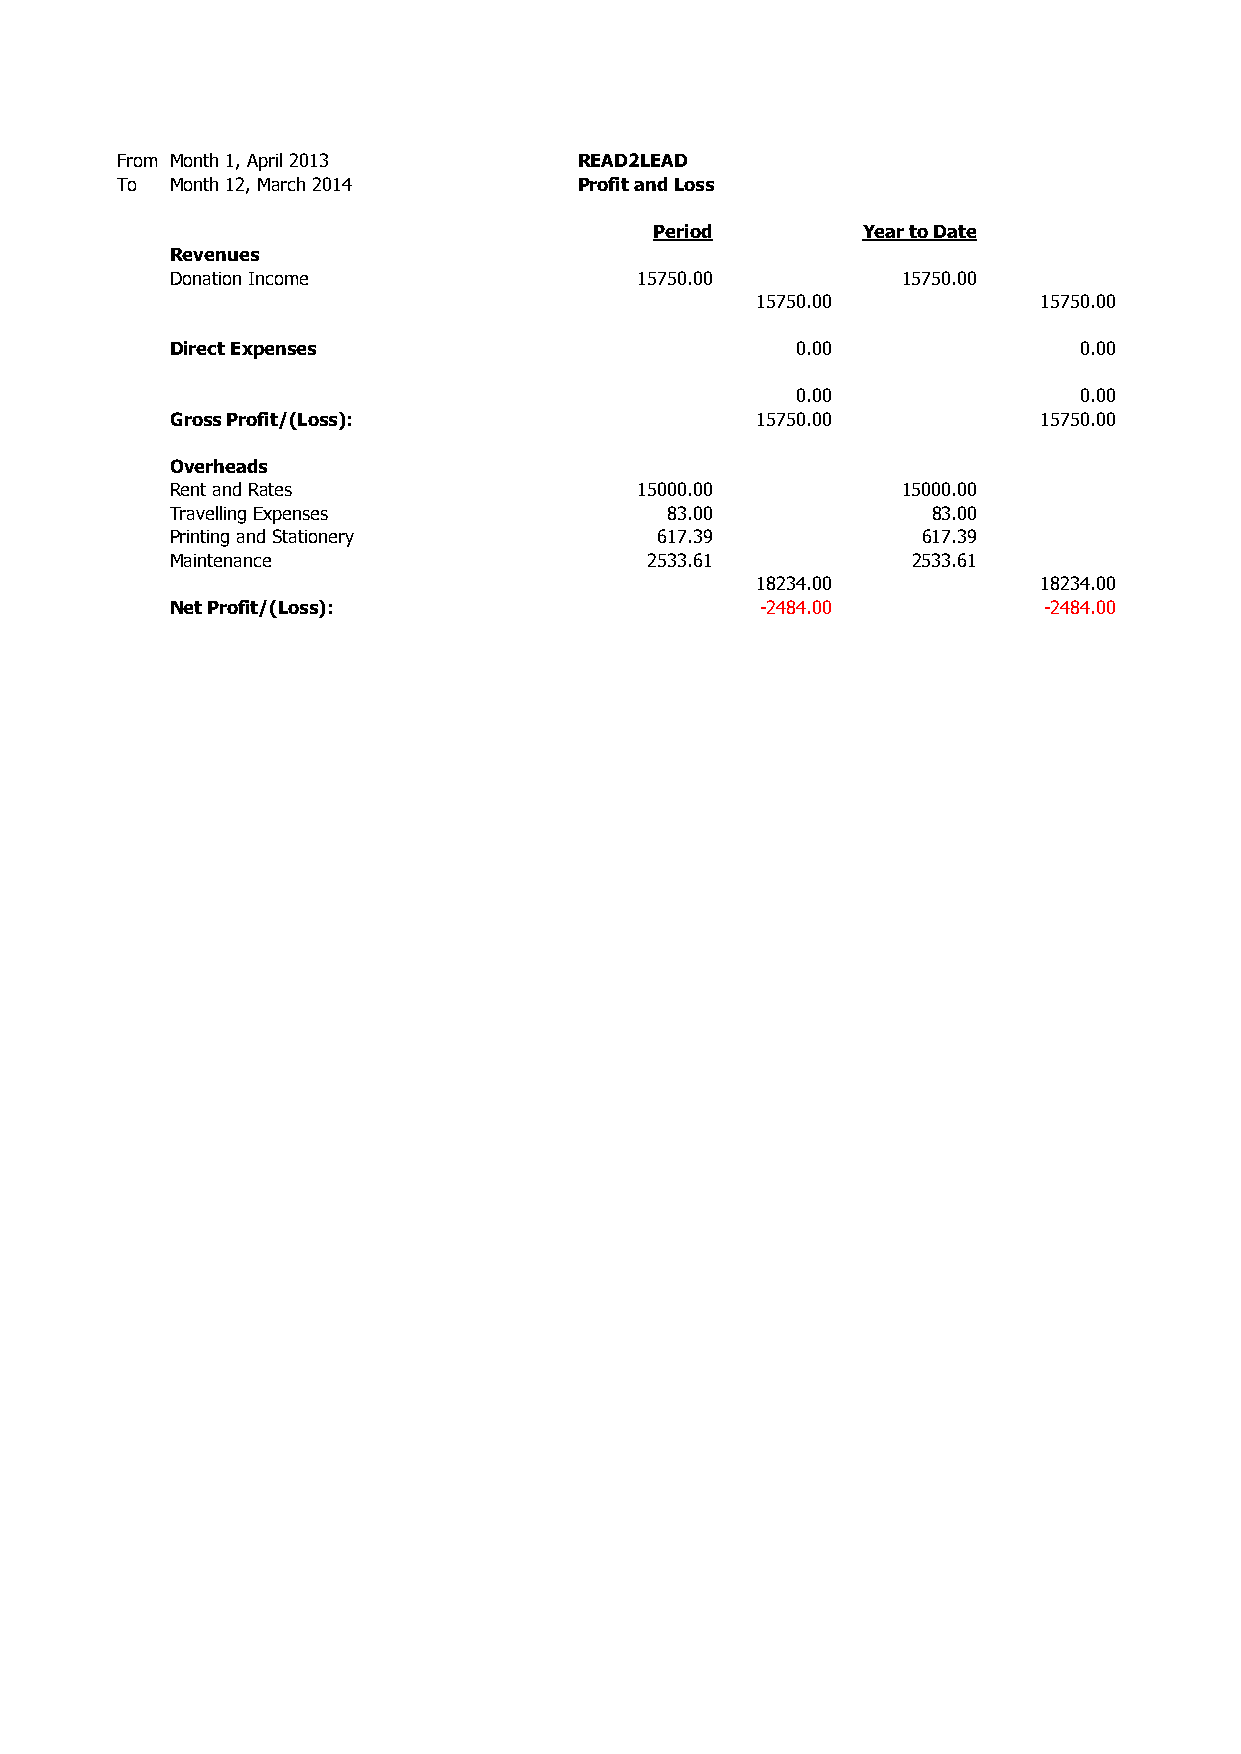
From Month 1, April 2013      READ2LEAD
 To Month 12, March 2014       Profit and Loss
 Period        Year to Date
 Revenues
 Donation Income                15750.00          15750.00
 15750.00           15750.00
 Direct Expenses                           0.00              0.00
 0.00              0.00
 Gross Profit/(Loss):                   15750.00           15750.00
 Overheads
 Rent and Rates                 15000.00          15000.00
 Travelling Expenses              83.00             83.00
 Printing and Stationery         617.39            617.39
 Maintenance                     2533.61          2533.61
 18234.00           18234.00
 Net Profit/(Loss):                     -2484.00           -2484.00